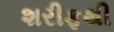
શરીફથી